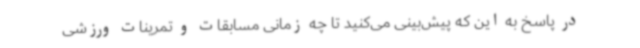
در پاسخ به این که پیش‌بینی می‌کنید تا چه زمانی مسابقات و تمرینات ورزشی